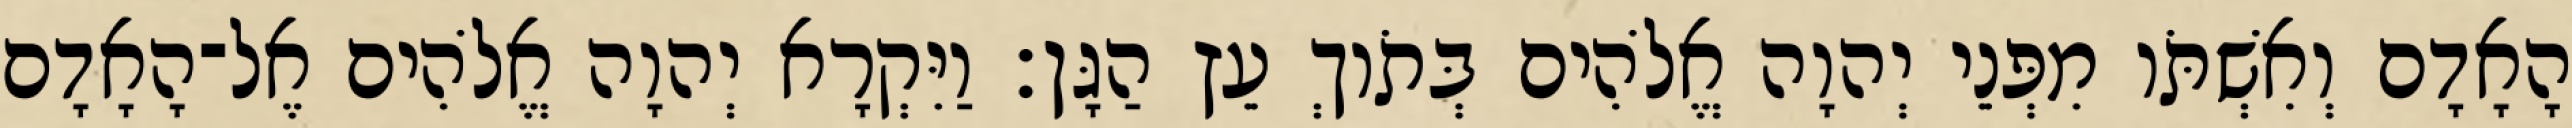
הָאָדָם וְאִשְׁתֹּו מִפְּנֵי יְהוָה אֱלֹהִים בְּתֹוךְ עֵץ הַגָּן׃ וַיִּקְרָא יְהוָה אֱלֹהִים אֶל־הָאָדָם